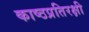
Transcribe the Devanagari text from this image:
काष्ठप्रतिरक्षी